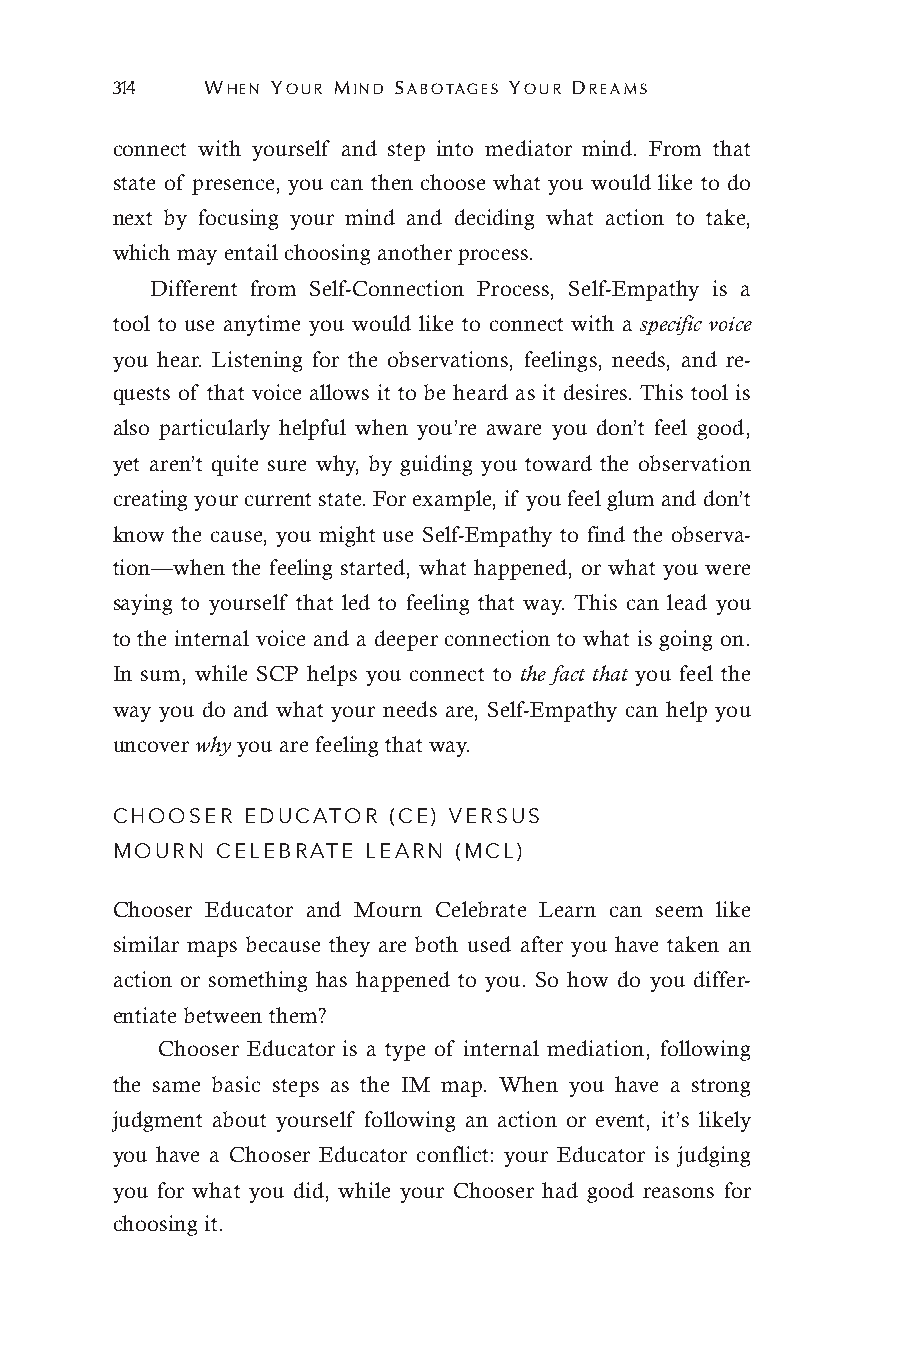
314   WHEN YOUR MIND SABOTAGES YOUR DREAMS
 connect with yourself and step into mediator mind. From that
 state of presence, you can then choose what you would like to do
 next by focusing your mind and deciding what action to take,
 which may entail choosing another process.
 Different from Self-Connection Process, Self-Empathy is a
 tool to use anytime you would like to connect with a specific voice
 you hear. Listening for the observations, feelings, needs, and re-
 quests of that voice allows it to be heard as it desires. This tool is
 also particularly helpful when you’re aware you don’t feel good,
 yet aren’t quite sure why, by guiding you toward the observation
 creating your current state. For example, if you feel glum and don’t
 know the cause, you might use Self-Empathy to find the observa-
 tion—when the feeling started, what happened, or what you were
 saying to yourself that led to feeling that way. This can lead you
 to the internal voice and a deeper connection to what is going on.
 In sum, while SCP helps you connect to the fact that you feel the
 way you do and what your needs are, Self-Empathy can help you
 uncover why you are feeling that way.
 CHOOSER  EDUCATOR  (CE) VERSUS
 MOURN  CELEBRATE LEARN (MCL)
 Chooser Educator and Mourn Celebrate Learn can seem like
 similar maps because they are both used after you have taken an
 action or something has happened to you. So how do you differ-
 entiate between them?
 Chooser Educator is a type of internal mediation, following
 the same basic steps as the IM map. When you have a strong
 judgment about yourself following an action or event, it’s likely
 you have a Chooser Educator conflict: your Educator is judging
 you for what you did, while your Chooser had good reasons for
 choosing it.